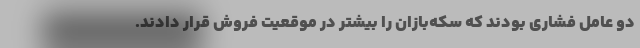
دو عامل فشاری بودند که سکه‌بازان را بیشتر در موقعیت فروش قرار دادند.